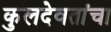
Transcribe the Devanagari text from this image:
कुलदेवतांचा